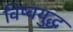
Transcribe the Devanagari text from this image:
विष्वयुद्ध